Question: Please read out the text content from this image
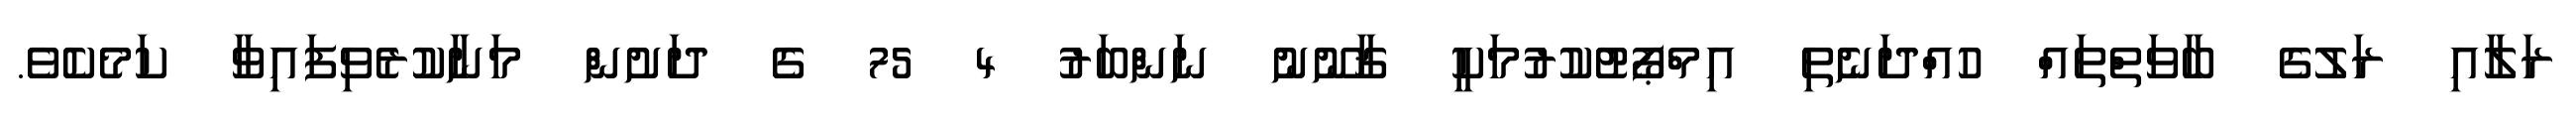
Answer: ރަލާއި ރަލުގެ ބާވަތްތައް ހުއްދަނެތި އިމްޕޯޓުކުރުމަކީ ޤާނޫނު ނަންބަރު 4 75 ގެ ދަށުން މަނާކުރެވިފައިވާ ކަމެކެވެ.